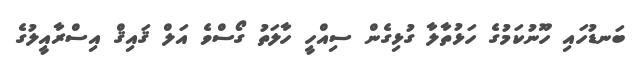
ބަނޑުހައި ހޫނުކަމުގެ ހަޅުތާލާ ގުޅިގެން ސިއްހީ ހާލަތު ގޯސްވެ އަލް ޤައިޤް އިސްރާއީލުގެ